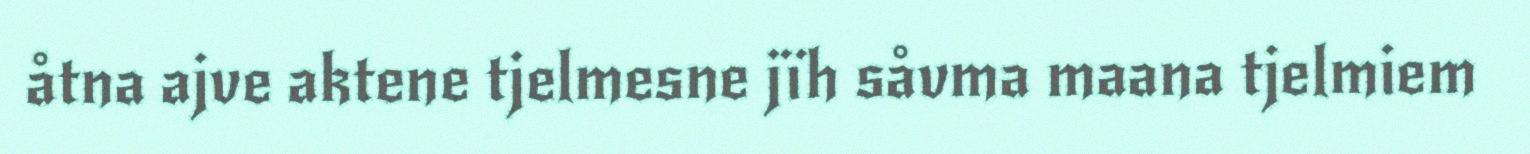
åtna ajve aktene tjelmesne jïh såvma maana tjelmiem